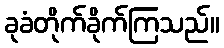
ခုခံတိုက်ခိုက်ကြသည်။